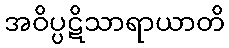
အဝိပ္ပဋိသာရာယာတိ